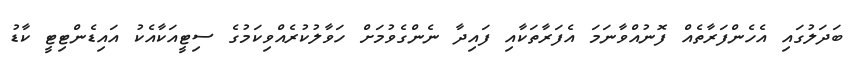
ބަދަލުގައި އެހެންފަރާތެއް ފޮނުއްވާނަމަ އެފަރާތަކާއި ފައިދާ ނެންގެވުމަށް ހަވާލުކުރެއްވިކަމުގެ ސިޓީއަކާއެކު އައިޑެންޓިޓީ ކާޑު